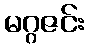
မဂ္ဂဇင်း